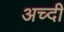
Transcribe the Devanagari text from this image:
अच्दी